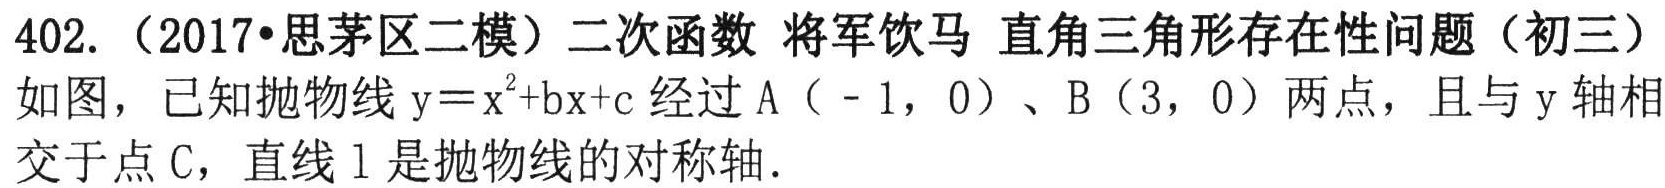
402.（2017•思茅区二模）二次函数 将军饮马 直角三角形存在性问题（初三）
如图，已知抛物线\(y = x^{2}+bx + c\)经过A（-1，0）、B（3，0）两点，且与y轴相交于点C，直线l是抛物线的对称轴.